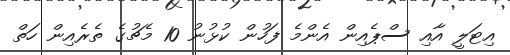
އިޓަލީ އާއި ސްޕެއިން އެންމެ ފަހުން ކުޅުނު 10 މެޗުގެ ތެރެއިން ހަތް